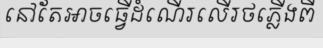
នៅតែអាចធ្វើដំណើរលើរថភ្លើងពី